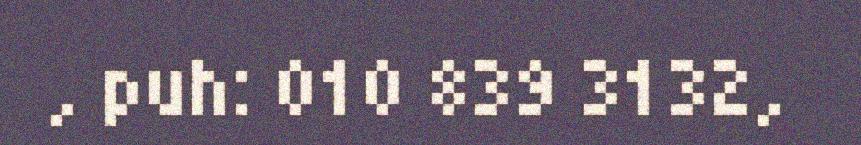
, puh: 010 839 3132,